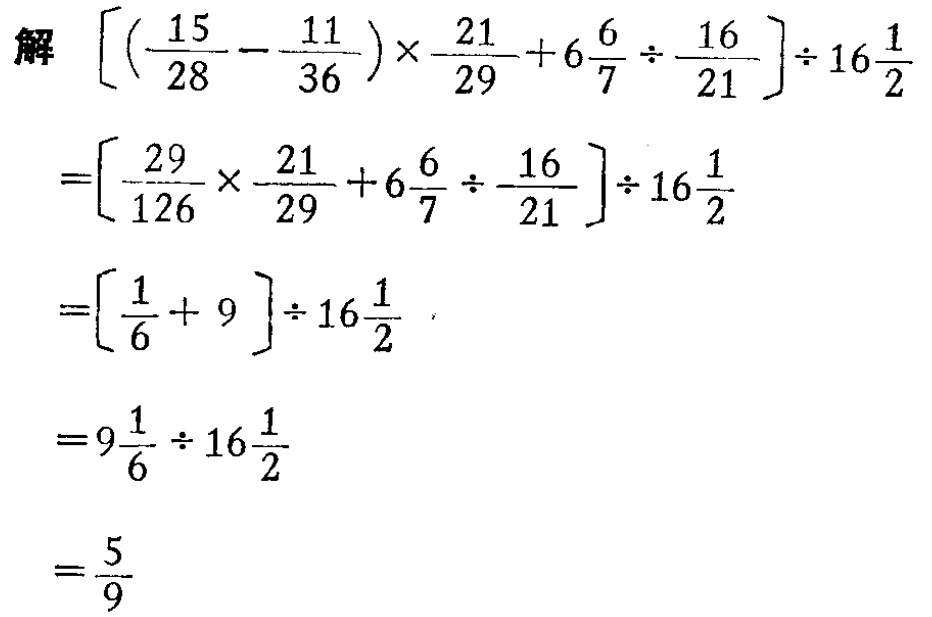
解 \(\left[\left(\frac{15}{28}-\frac{11}{36}\right)\times\frac{21}{29}+6\frac{6}{7}\div\frac{16}{21}\right]\div16\frac{1}{2}\)

\(=\left[\frac{29}{126}\times\frac{21}{29}+6\frac{6}{7}\div\frac{16}{21}\right]\div16\frac{1}{2}\)

\(=\left[\frac{1}{6}+9\right]\div16\frac{1}{2}\)

\(=9\frac{1}{6}\div16\frac{1}{2}\)

\(=\frac{5}{9}\)